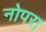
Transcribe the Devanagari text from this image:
नोपरा